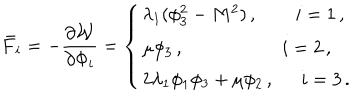
\bar { F } _ { i } = - \frac { \partial { \cal W } } { \partial \Phi _ { i } } = \left\{ \begin{array} { l } { { \lambda _ { 1 } ( \phi _ { 3 } ^ { 2 } - M ^ { 2 } ) \, , \, \, \, i = 1 \, , } } \\ { { \mu \phi _ { 3 } \, , \qquad ~ i = 2 \, , } } \\ { { 2 \lambda _ { 1 } \phi _ { 1 } \phi _ { 3 } + \mu \phi _ { 2 } \, , \, \, \, \, i = 3 \, . } } \\ \end{array} \right.